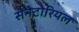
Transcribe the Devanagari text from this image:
सेनेटोरियल